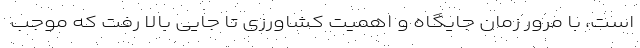
است، با مرور زمان جایگاه و اهمیت کشاورزی تا جایی بالا رفت که موجب